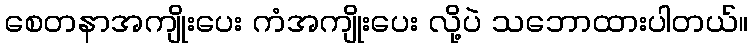
စေတနာအကျိုးပေး ကံအကျိုးပေး လို့ပဲ သဘောထားပါတယ်။